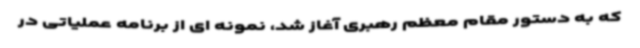
که به دستور مقام معظم رهبری آغاز شد، نمونه ای از برنامه عملیاتی در